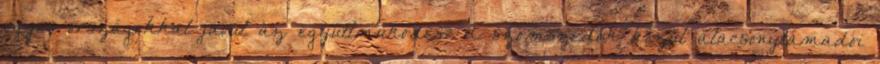
egyes országokkal javul az együttműködés? A szomszédok közül alacsonytámadói